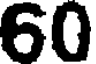
60